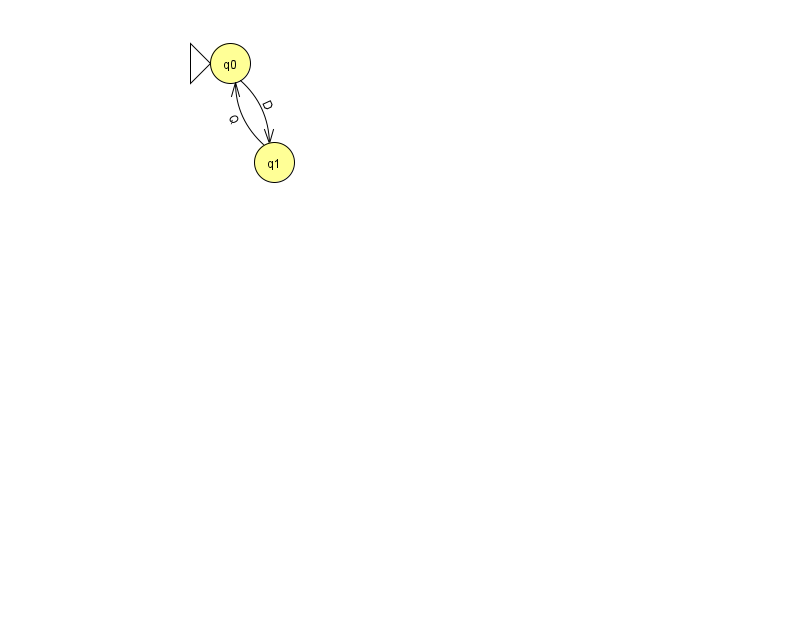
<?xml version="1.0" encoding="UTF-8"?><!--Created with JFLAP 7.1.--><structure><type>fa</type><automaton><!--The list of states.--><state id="0" name="q0"><x>230.0</x><y>50.0</y><initial/></state><state id="1" name="q1"><x>274.0</x><y>149.0</y></state><!--The list of transitions.--><transition><from>1</from><to>0</to><read>Q</read></transition><transition><from>0</from><to>1</to><read>D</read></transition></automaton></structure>